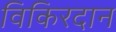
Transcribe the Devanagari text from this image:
विकिरदान